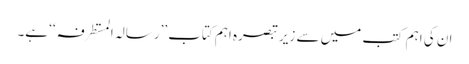
ان کی اہم کتب میں سے زیر تبصرہ اہم کتاب ’’رسالہ المستطرفہ ‘‘ ہے۔